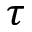
\tau